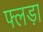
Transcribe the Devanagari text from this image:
फ्लड़ा